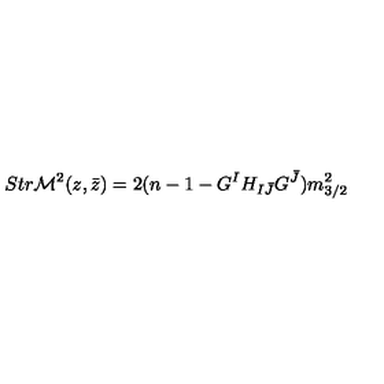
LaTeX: S t r { \cal M } ^ { 2 } ( z , \bar { z } ) = 2 ( n - 1 - G ^ { I } H _ { I { \bar { J } } } G ^ { \bar { J } } ) m _ { 3 / 2 } ^ { 2 }